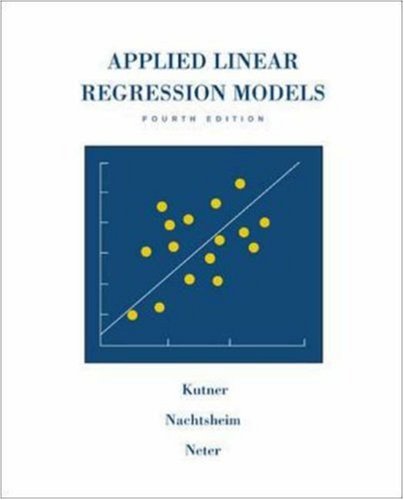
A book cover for Applied Linear Regression Models- 4th Edition with Student CD (McGraw Hill/Irwin Series: Operations and Decision Sciences); Michael Kutner; Business & Money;